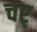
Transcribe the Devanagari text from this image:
चर्